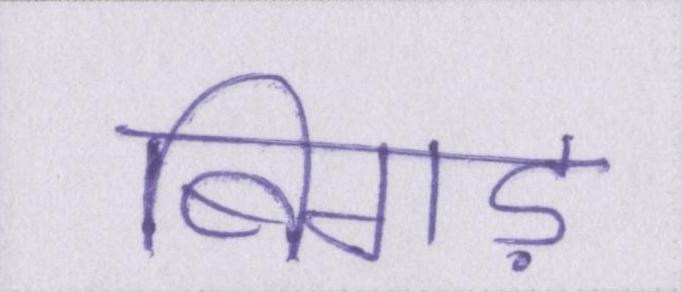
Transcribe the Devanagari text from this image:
बिगड़